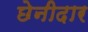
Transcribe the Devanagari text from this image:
छेनीदार